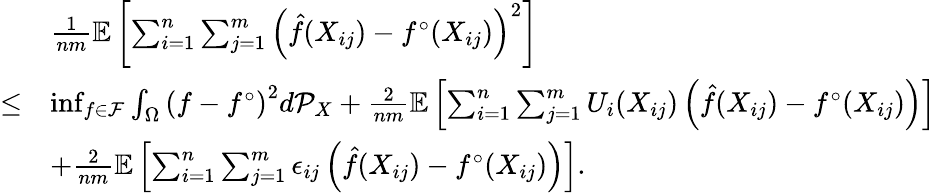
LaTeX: \begin{array}{rl}&{\frac{1}{nm}\mathbb{E}\left[\sum_{i=1}^{n}\sum_{j=1}^{m}\left(\hat{f}(X_{ij})-f^{\circ}(X_{ij})\right)^{2}\right]}\\ {\leq}&{\operatorname*{inf}_{f\in\mathcal{F}}\int_{\Omega}\left(f-f^{\circ}\right)^{2}d\mathcal{P}_{X}+\frac{2}{nm}\mathbb{E}\left[\sum_{i=1}^{n}\sum_{j=1}^{m}U_{i}(X_{ij})\left(\hat{f}(X_{ij})-f^{\circ}(X_{ij})\right)\right]}\\ &{+\frac{2}{nm}\mathbb{E}\left[\sum_{i=1}^{n}\sum_{j=1}^{m}\epsilon_{ij}\left(\hat{f}(X_{ij})-f^{\circ}(X_{ij})\right)\right].}\end{array}